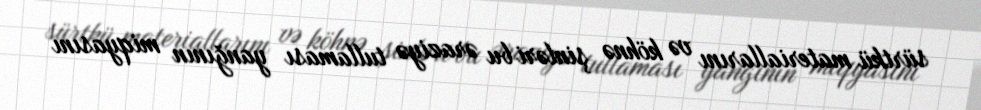
sürtkü materiallarını və köhnə şinləri bu əraziyə tullaması yanğının miqyasını